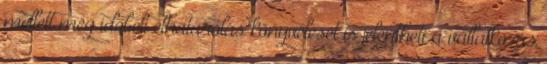
mellett még időbeli elhatárolás könyvelését is jelentheti a vállalkozás